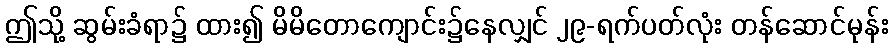
ဤသို့ ဆွမ်းခံရာ၌ ထား၍ မိမိတောကျောင်း၌နေလျှင် ၂၉-ရက်ပတ်လုံး တန်ဆောင်မုန်း